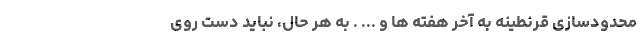
محدودسازی قرنطینه به آخر هفته ها و ... . به هر حال، نباید دست روی